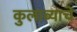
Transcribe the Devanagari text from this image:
कुलाब्याचे